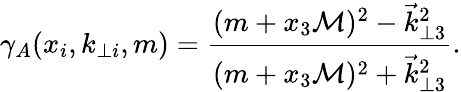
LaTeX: \gamma_{A}(x_{i},k_{\perp i},m)=\frac{(m+x_{3}{\cal M})^{2}-\vec{k}_{\perp 3}^{2}}{(m+x_{3}{\cal M})^{2}+\vec{k}_{\perp 3}^{2}}.